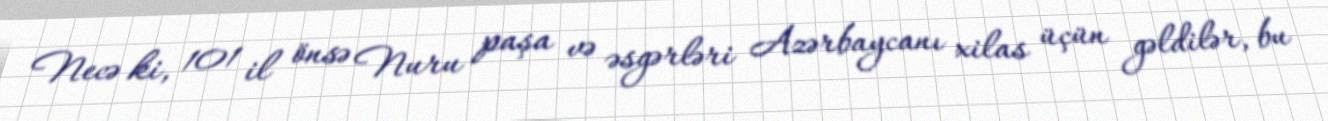
Necə ki, 101 il önsə Nuru paşa və əsgərləri Azərbaycanı xilas üçün gəldilər, bu